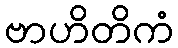
ဗာဟိတိကံ